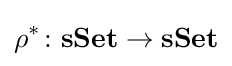
\rho ^{*}\colon \mathbf {sSet} \rightarrow \mathbf {sSet}